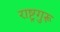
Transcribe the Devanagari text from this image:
राष्ट्रगुरू